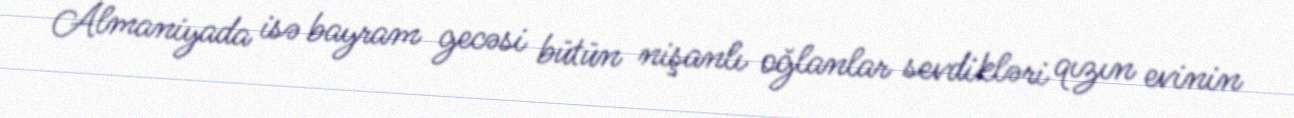
Almaniyada isə bayram gecəsi bütün nişanlı oğlanlar sevdikləri qızın evinin